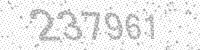
Solution: 237961